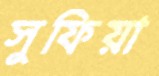
সুফিয়া